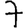
Digit: 7